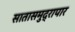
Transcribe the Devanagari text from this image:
सातासमुद्रापार